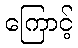
ကြောင့်